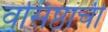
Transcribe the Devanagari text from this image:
वसिष्ठांची